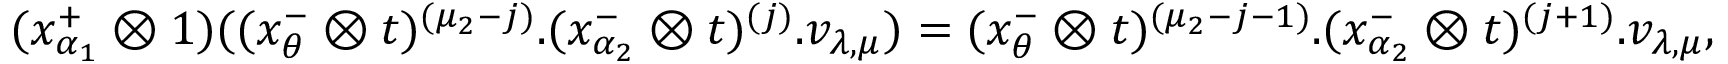
\begin{array} { l } { ( x _ { \alpha _ { 1 } } ^ { + } \otimes 1 ) ( ( x _ { \theta } ^ { - } \otimes t ) ^ { ( \mu _ { 2 } - j ) } . ( x _ { \alpha _ { 2 } } ^ { - } \otimes t ) ^ { ( j ) } . v _ { \lambda , \mu } ) = ( x _ { \theta } ^ { - } \otimes t ) ^ { ( \mu _ { 2 } - j - 1 ) } . ( x _ { \alpha _ { 2 } } ^ { - } \otimes t ) ^ { ( j + 1 ) } . v _ { \lambda , \mu } , } \end{array}